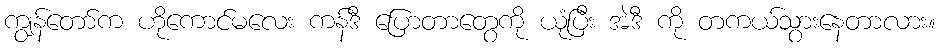
ကျွန်တော်က ဟိုကောင်မလေး ကန်ဒီ ပြောတာတွေကို ယုံပြီး အဲဒီ ကို တကယ်သွားနေတာလား။